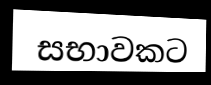
සභාවකට